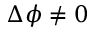
\Delta \phi \neq 0